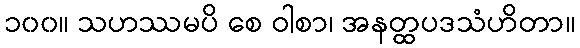
၁၀၀။ သဟဿမပိ စေ ဝါစာ၊ အနတ္ထပဒသံဟိတာ။